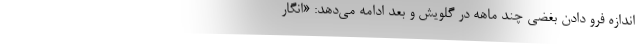
اندازه‌ فرو دادن بغضی چند ماهه در گلویش و بعد ادامه می‌دهد: «انگار